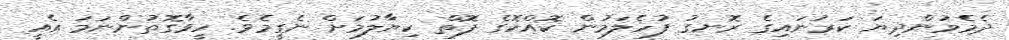
ދެމެމުންދިޔަ ކަރުނައިގެ ރޮނގު ފުހެލަމުން ކޮއްކޮގެ ފޮތް ކިޔާލުމަށް ނެގީމެވެ. ހީވާގޮތުންނަމަ އެއީ